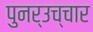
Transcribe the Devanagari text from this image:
पुनर्उच्चार